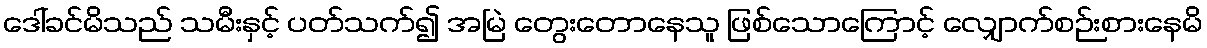
ဒေါ်ခင်မိသည် သမီးနှင့် ပတ်သက်၍ အမြဲ တွေးတောနေသူ ဖြစ်သောကြောင့် လျှောက်စဉ်းစားနေမိ